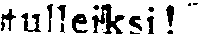
tulleiksi!